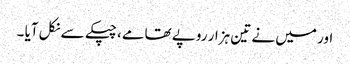
اور میں نے تین ہزار روپے تھامے، چپکے سے نکل آیا ۔